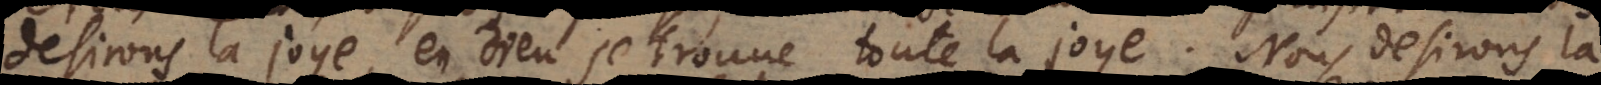
desirons la joye, en Dieu se trouve une joye durable. Nous desirons la